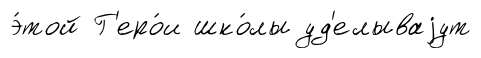
э́той Г'еро́и шко́лы уд'елываjут